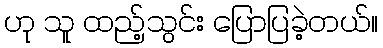
ဟု သူ ထည့်သွင်း ပြောပြခဲ့တယ်။